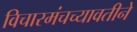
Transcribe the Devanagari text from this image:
विचारमंचच्यावतीने